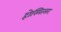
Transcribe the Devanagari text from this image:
होस्पित्लर